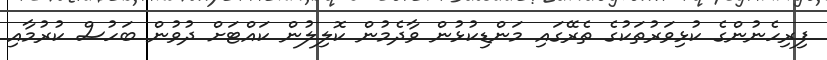
ފިރިހެނުންގެ ކުޅިވަރުތަކުގެ ތެރޭގައި މަންޑިކުޅުން ވާދެމުން ކޮލިލުން ކައްޓަށް ދުވުން ބަހުސް ކުރުމާއި